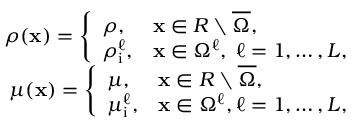
\begin{array} { r } { \rho ( \mathbf x ) = \left\{ \begin{array} { l l } { \rho , } & { \mathbf x \in R \setminus \overline { { \Omega } } , } \\ { \rho _ { \mathrm { i } } ^ { \ell } , } & { \mathbf x \in \Omega ^ { \ell } , \; \ell = 1 , \ldots , L , } \end{array} \right. } \\ { \mu ( \mathbf x ) = \left\{ \begin{array} { l l } { \mu , } & { \mathbf x \in R \setminus \overline { { \Omega } } , } \\ { \mu _ { \mathrm { i } } ^ { \ell } , } & { \mathbf x \in \Omega ^ { \ell } , \ell = 1 , \ldots , L , } \end{array} \right. } \end{array}